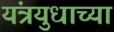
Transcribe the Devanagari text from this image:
यंत्रयुधाच्या